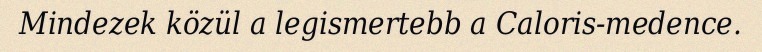
Mindezek közül a legismertebb a Caloris-medence.